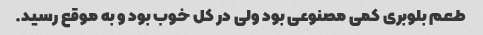
طعم بلوبری کمی مصنوعی بود ولی در کل خوب بود و به موقع رسید.